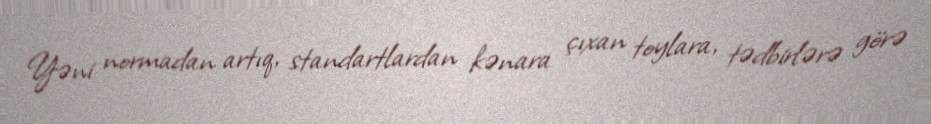
Yəni normadan artıq, standartlardan kənara çıxan toylara, tədbirlərə görə